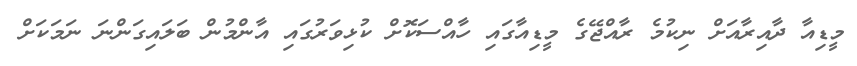
މީޑިއާ ދާއިރާއަށް ނިކުމެ ރާއްޖޭގެ މީޑިއާގައި ހާއްސަކޮށް ކުޅިވަރުގަައި އާންމުން ބަލައިގަންނަ ނަމަކަށް